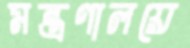
মন্ত্রণালয়ে